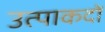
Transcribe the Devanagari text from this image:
उत्पाकदों